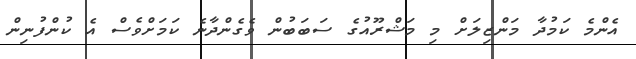
އެންމެ ކަމުދާ މަންޒިލަށް މި މަޝްރޫއުގެ ސަބަބުން ވެގެންދާނެ ކަމަށްވެސް އެ ކުންފުނިން